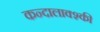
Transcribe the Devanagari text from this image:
कन्दालाक्श्की